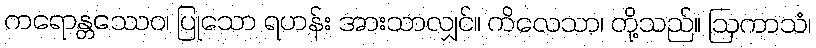
ကရောန္တဿေဝ၊ ပြုသော ရဟန်း အားသာလျှင်။ ကိလေသာ၊ တို့သည်။ ဩကာသံ၊